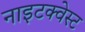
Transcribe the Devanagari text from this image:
नाइटक्वेस्ट